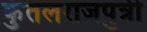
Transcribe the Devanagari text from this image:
कुंतलराजपुत्री